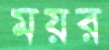
ময়র